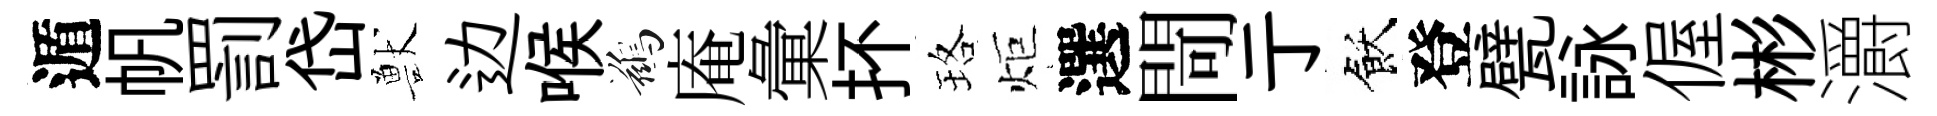
遁帆罰岱獸边喉鷀庵彙抔珞炬選閜亍飫登甓詠偓彬灂